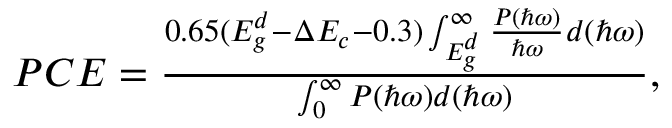
\begin{array} { r } { P C E = \frac { 0 . 6 5 ( E _ { g } ^ { d } - \Delta E _ { c } - 0 . 3 ) \int _ { E _ { g } ^ { d } } ^ { \infty } \frac { P ( \hbar \omega ) } { \hbar \omega } d ( \hbar \omega ) } { \int _ { 0 } ^ { \infty } P ( \hbar \omega ) d ( \hbar \omega ) } , } \end{array}